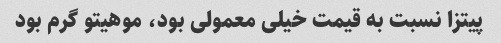
پیتزا نسبت به قیمت خیلی معمولی بود، موهیتو گرم بود